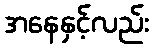
အနေနှင့်လည်း